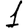
Digit: 1